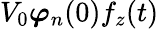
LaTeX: V_{0}\boldsymbol{\varphi}_{n}(0)f_{z}(t)